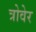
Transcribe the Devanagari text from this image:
त्रोवेर